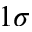
1 \sigma